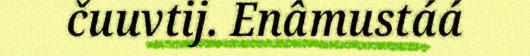
čuuvtij. Enâmustáá